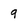
Character: 9